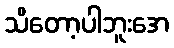
သိတော့ပါဘူးအေ